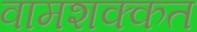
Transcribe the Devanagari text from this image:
वामशक्कत